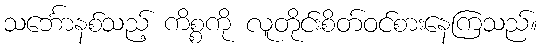
သင်္ဘောနစ်သည့် ကိစ္စကို လူတိုင်းစိတ်ဝင်စားနေကြသည်။